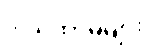
ဒါယိကာမများ